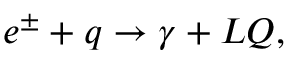
e ^ { \pm } + q \rightarrow \gamma + L Q ,